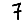
Digit: 7